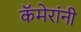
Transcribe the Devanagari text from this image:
कॅमेरांनी